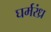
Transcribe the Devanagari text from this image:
घर्मरंध्र